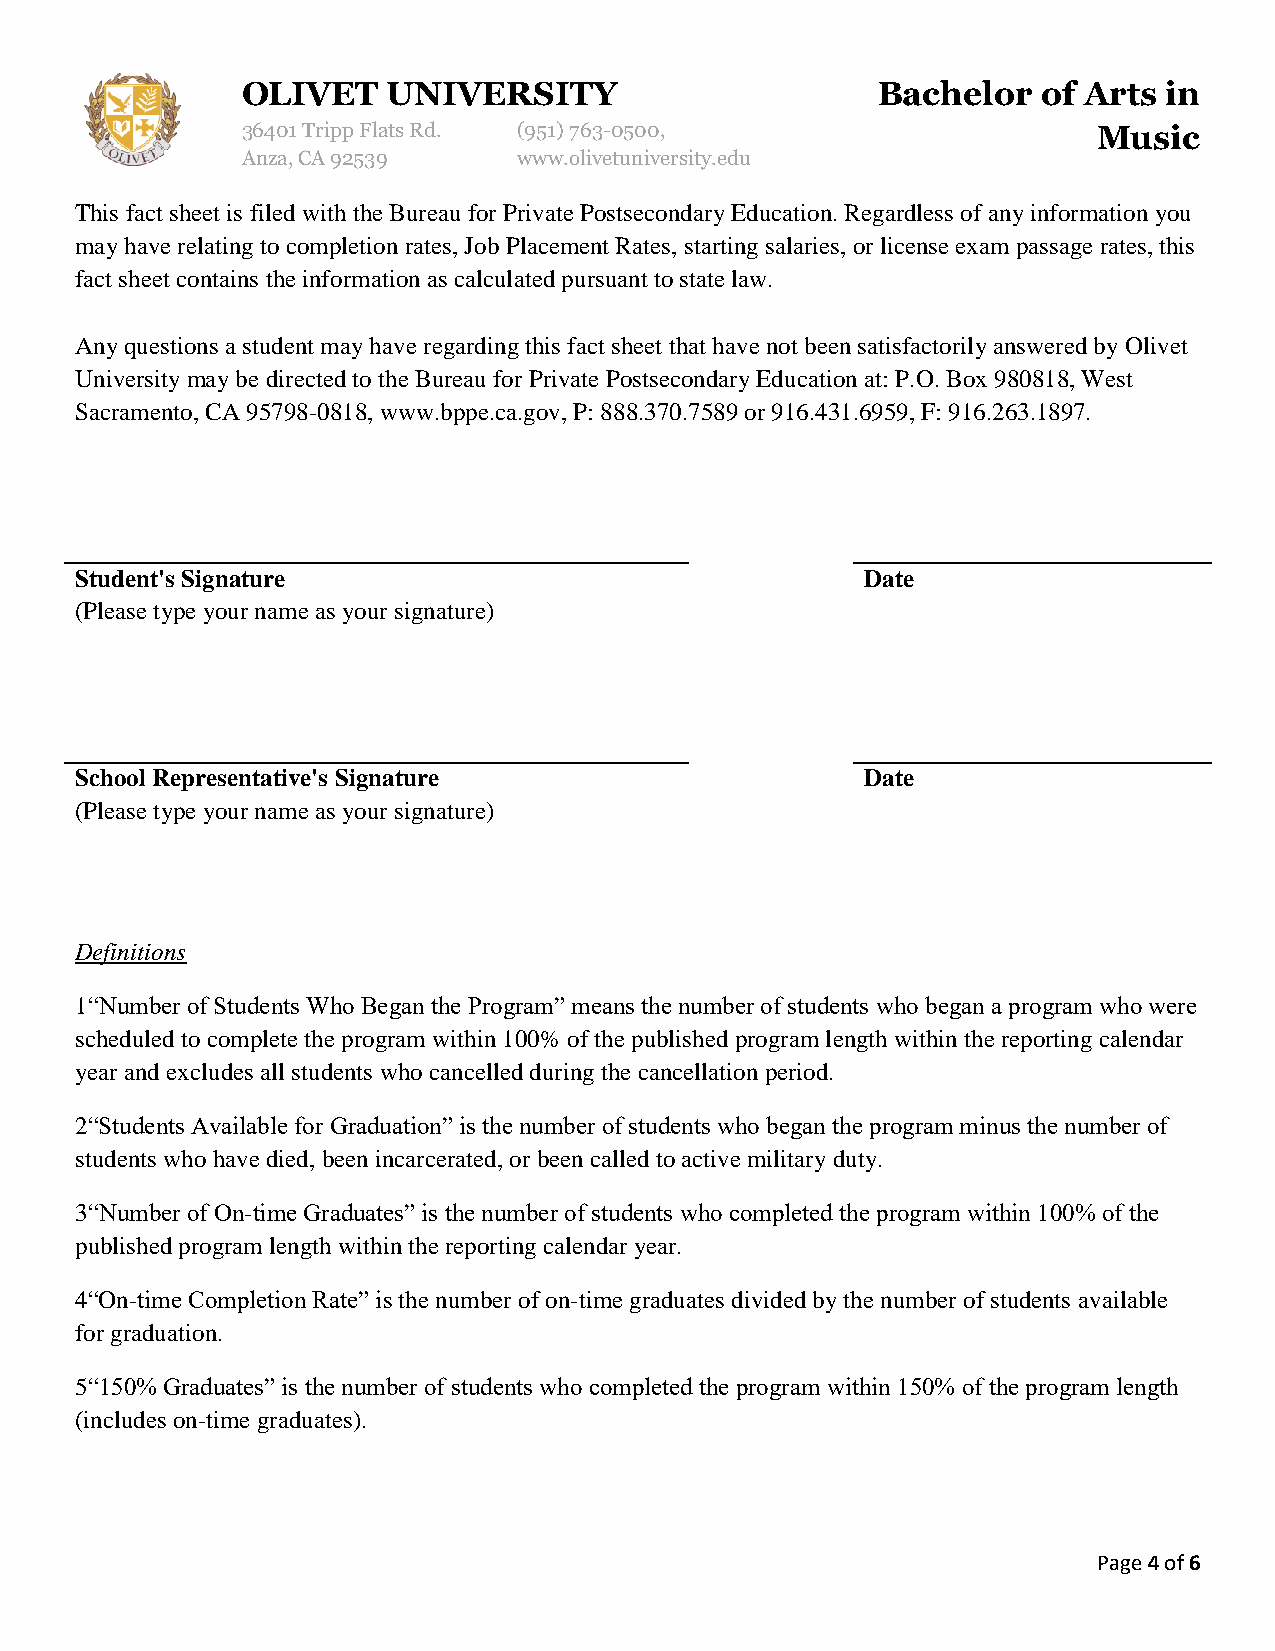
OLIVET    UNIVERSITY                      Bachelor   of Arts in
 36401 Tripp Flats Rd. (951)763-0500,                     Music
 Anza, CA 92539    www.olivetuniversity.edu
 This fact sheet is filed with the Bureau for Private Postsecondary Education. Regardless of any information you
 may have relating to completion rates, Job Placement Rates, starting salaries, or license exam passage rates, this
 fact sheet contains the information as calculated pursuant to state law.
 Any questions a student may have regarding this fact sheet that have not been satisfactorily answered by Olivet
 University may be directed to the Bureau for Private Postsecondary Education at: P.O. Box 980818, West
 Sacramento, CA 95798-0818, www.bppe.ca.gov, P: 888.370.7589 or 916.431.6959, F: 916.263.1897.
 Student's Signature                                 Date
 (Please type your name as your signature)
 School Representative's Signature                   Date
 (Please type your name as your signature)
 Definitions
 1“Number of Students Who Began the Program” means the number of students who began a program who were
 scheduled to complete the program within 100% of the published program length within the reporting calendar
 year and excludes all students who cancelled during the cancellation period.
 2“Students Available for Graduation” is the number of students who began the program minus the number of
 students who have died, been incarcerated, or been called to active military duty.
 3“Number of On-time Graduates” is the number of students who completed the program within 100% of the
 published program length within the reporting calendar year.
 4“On-time Completion Rate” is the number of on-time graduates divided by the number of students available
 for graduation.
 5“150% Graduates” is the number of students who completed the program within 150% of the program length
 (includes on-time graduates).
 Page 4 of 6